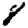
Digit: 8